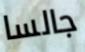
جالسا